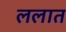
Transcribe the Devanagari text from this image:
ललात